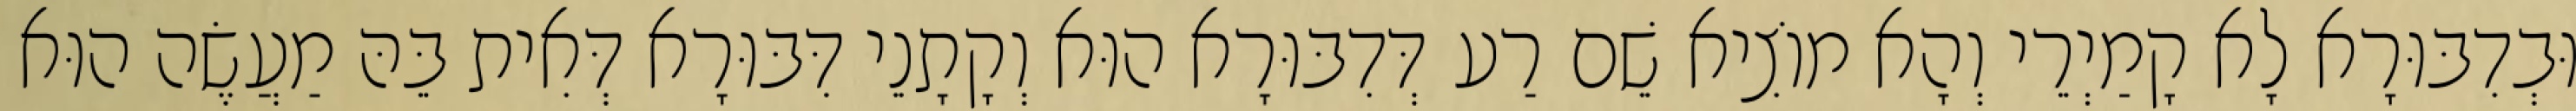
וּבְדִבּוּרָא לָא קָמַיְרֵי וְהָא מוֹצִיא שֵׁם רַע דְּדִבּוּרָא הוּא וְקָתָנֵי דִּבּוּרָא דְּאִית בֵּהּ מַעֲשֶׂה הוּא